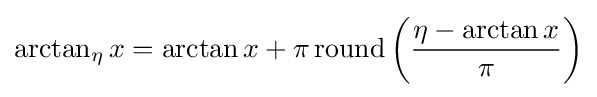
\arctan _{\eta }x=\arctan x+\pi \operatorname {round} {\left({\frac {\eta -\arctan x}{\pi }}\right)}